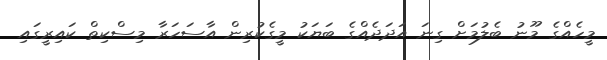
މީހެއްގެ މޫނު ބެލުމަށް ގިނަ އަދަދެއްގެ ބަޔަކު މީގެކުރިން އާސަހަރާ މިސްކިތް ކައިރީގައި